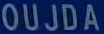
OUJDA